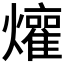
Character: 𬋜